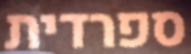
ספרדית